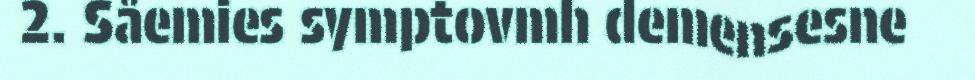
2. Såemies symptovmh demensesne